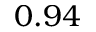
0 . 9 4